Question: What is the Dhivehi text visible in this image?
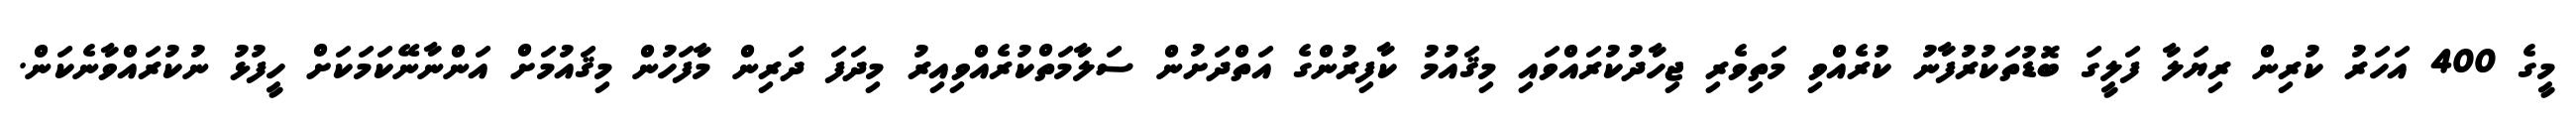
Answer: މީގެ 400 އަހަރު ކުރިން ރިޔަލާ ފަލީގަ ބޮޑުތަކުރުފާނު ކުރެއްވި މަތިވެރި ޖިހާދުކުރައްވައި މިޤައުމު ކާފިރުންގެ އަތްދަށުން ސަލާމަތްކުރެއްވިއިރު މިދަފަ ދަރިން މާފަހުން މިޤައުމަށް އަންނާނޭކަމަކަށް ހީފުޅު ނުކުރައްވާނެކަން.